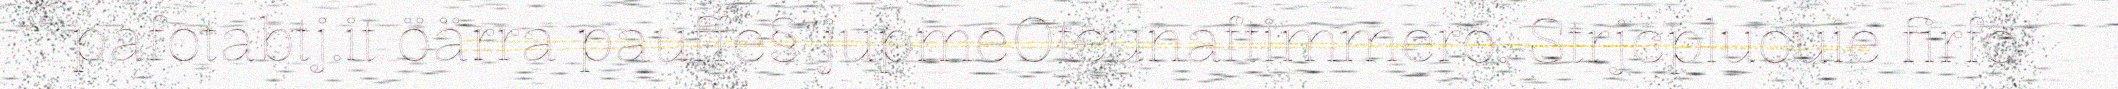
pafotabtj.it öärra pauffe§ jupmeOteunaftimmero. Strjcpluouie firfo